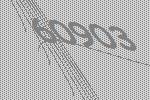
60903